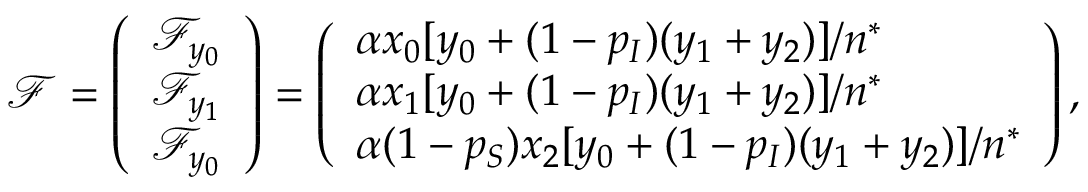
\mathcal { F } = \left( \begin{array} { l } { \mathcal { F } _ { y _ { 0 } } } \\ { \mathcal { F } _ { y _ { 1 } } } \\ { \mathcal { F } _ { y _ { 0 } } } \end{array} \right) = \left( \begin{array} { l } { \alpha x _ { 0 } [ y _ { 0 } + ( 1 - p _ { I } ) ( y _ { 1 } + y _ { 2 } ) ] / n ^ { * } } \\ { \alpha x _ { 1 } [ y _ { 0 } + ( 1 - p _ { I } ) ( y _ { 1 } + y _ { 2 } ) ] / n ^ { * } } \\ { \alpha ( 1 - p _ { S } ) x _ { 2 } [ y _ { 0 } + ( 1 - p _ { I } ) ( y _ { 1 } + y _ { 2 } ) ] / n ^ { * } } \end{array} \right) ,